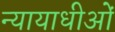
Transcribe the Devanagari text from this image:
न्यायाधीओं